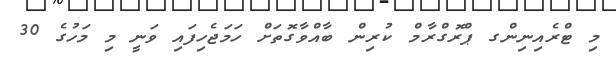
މި ޓްރެއިނިންގ ޕްރޮގްރާމް ކުރިން ބާއްވާގޮތަށް ހަމަޖެހިފައި ވަނީ މި މަހުގެ 30